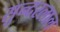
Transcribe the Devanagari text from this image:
सुन्‍दरलाल